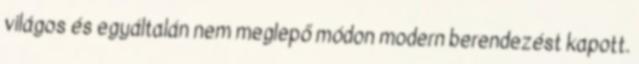
világos és egyáltalán nem meglepő módon modern berendezést kapott.